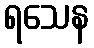
ရသေန